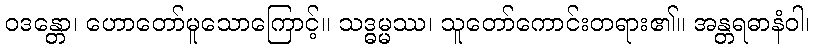
ဝဒန္တော၊ ဟောတော်မူသောကြောင့်။ သဒ္ဓမ္မဿ၊ သူတော်ကောင်းတရား၏။ အန္တရဓာနံဝါ၊